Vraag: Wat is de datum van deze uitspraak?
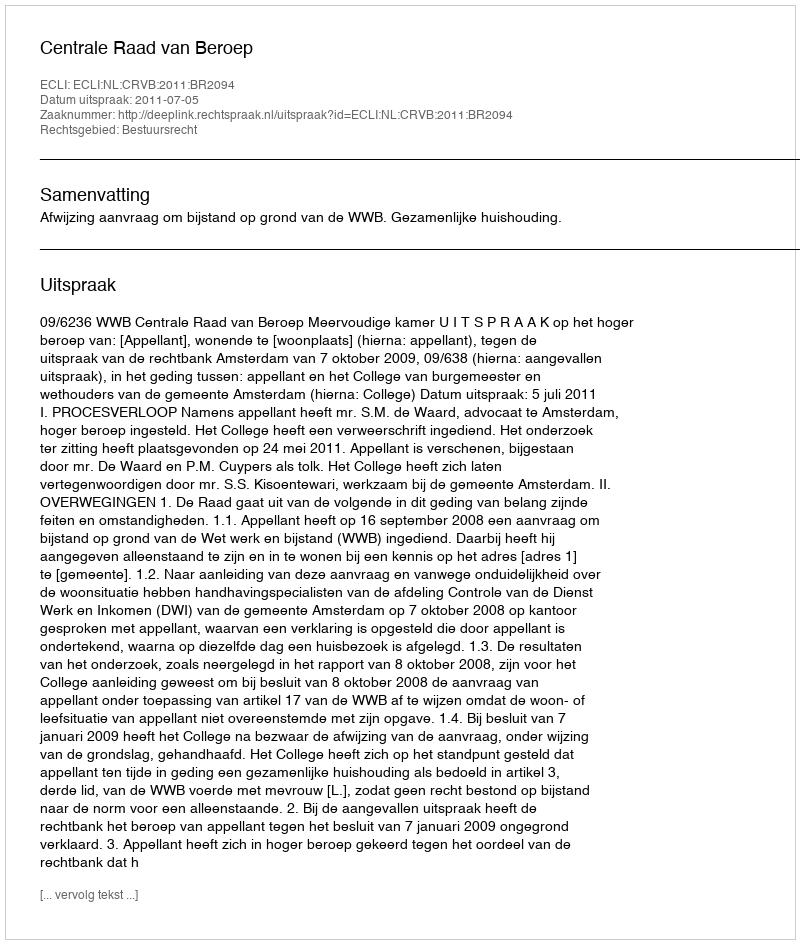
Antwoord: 2011-07-05